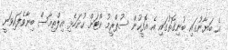
އެ ބަޔާނުގައި ބުނިގޮތުގައި އެ އޮފީހުން ސުޕްރީމު ކޯޓަށް ހުށަހެޅި އިލްތިމާސް ބިނާވެފައިވަނީ